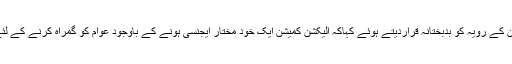
من مشرام نے قومی الیکشن کمیشن کے رویہ کو بدبختانہ قراردیتے ہوئے کہاکہ الیکشن کمیشن ایک خود مختار ایجنسی ہونے کے باوجود عوام کو گمراہ کرنے کے لئے سیاسی بیان بازی کررہی ہے ۔